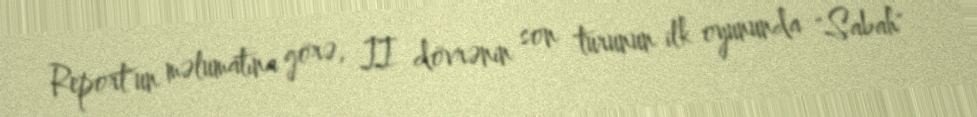
Report"un məlumatına görə, II dövrənin son turunun ilk oyununda "Sabah"